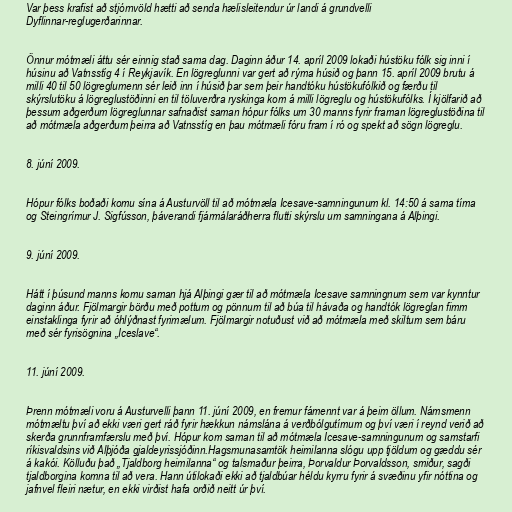
Var þess krafist að stjórnvöld hætti að senda hælisleitendur úr landi á grundvelli
Dyflinnar-reglugerðarinnar.

Önnur mótmæli áttu sér einnig stað sama dag. Daginn áður 14. apríl 2009 lokaði hústöku fólk sig inni í
húsinu að Vatnsstíg 4 í Reykjavík. En lögreglunni var gert að rýma húsið og þann 15. apríl 2009 brutu á
milli 40 til 50 lögreglumenn sér leið inn í húsið þar sem þeir handtóku hústökufólkið og færðu til
skýrslutöku á lögreglustöðinni en til töluverðra ryskinga kom á milli lögreglu og hústökufólks. Í kjölfarið að
þessum aðgerðum lögreglunnar safnaðist saman hópur fólks um 30 manns fyrir framan lögreglustöðina til
að mótmæla aðgerðum þeirra að Vatnsstíg en þau mótmæli fóru fram í ró og spekt að sögn lögreglu.

8. júní 2009.

Hópur fólks boðaði komu sína á Austurvöll til að mótmæla Icesave-samningunum kl. 14:50 á sama tíma
og Steingrímur J. Sigfússon, þáverandi fjármálaráðherra flutti skýrslu um samningana á Alþingi.

9. júní 2009.

Hátt í þúsund manns komu saman hjá Alþingi gær til að mótmæla Icesave samningnum sem var kynntur
daginn áður. Fjölmargir börðu með pottum og pönnum til að búa til hávaða og handtók lögreglan fimm
einstaklinga fyrir að óhlýðnast fyrimælum. Fjölmargir notuðust við að mótmæla með skiltum sem báru
með sér fyrisögnina „Iceslave“.

11. júní 2009.

Þrenn mótmæli voru á Austurvelli þann 11. júní 2009, en fremur fámennt var á þeim öllum. Námsmenn
mótmæltu því að ekki væri gert ráð fyrir hækkun námslána á verðbólgutímum og því væri í reynd verið að
skerða grunnframfærslu með því. Hópur kom saman til að mótmæla Icesave-samningunum og samstarfi
ríkisvaldsins við Alþjóða gjaldeyrissjóðinn.Hagsmunasamtök heimilanna slógu upp tjöldum og gæddu sér
á kakói. Kölluðu það „Tjaldborg heimilanna“ og talsmaður þeirra, Þorvaldur Þorvaldsson, smiður, sagði
tjaldborgina komna til að vera. Hann útilokaði ekki að tjaldbúar héldu kyrru fyrir á svæðinu yfir nóttina og
jafnvel fleiri nætur, en ekki virðist hafa orðið neitt úr því.